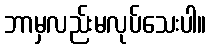
ဘာမှလည်းမလုပ်သေးပါ။